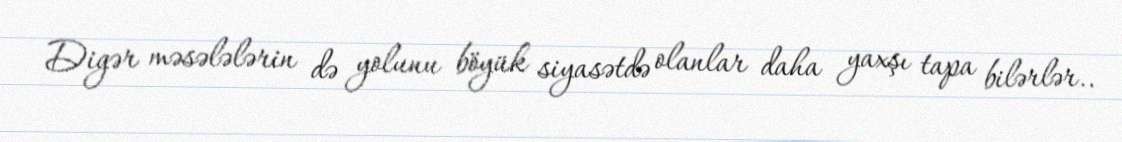
Digər məsələlərin də yolunu böyük siyasətdə olanlar daha yaxşı tapa bilərlər..